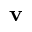
\mathbf { v }